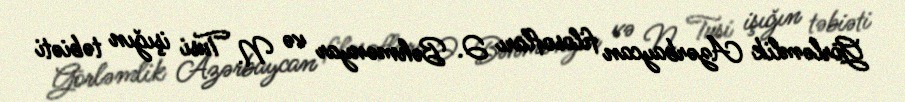
Görləmlik Azərbaycan filosofları Ə. Bəhmənyar və N. Tusi işığın təbiəti